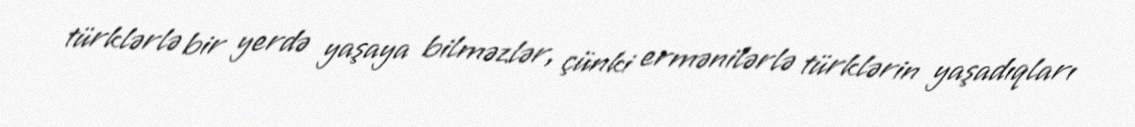
türklərlə bir yerdə yaşaya bilməzlər, çünki ermənilərlə türklərin yaşadıqları